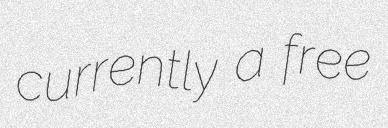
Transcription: currently a free